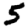
Digit: 5